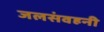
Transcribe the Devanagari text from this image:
जलसंवहनी